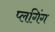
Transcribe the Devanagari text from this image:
प्लगिंग